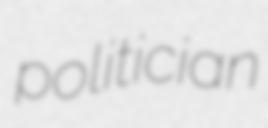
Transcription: politician